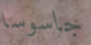
جاسوسا